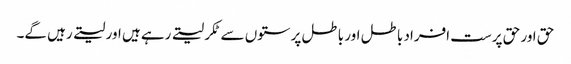
حق اور حق پرست افراد باطل اور باطل پرستوں سے ٹکر لیتے رہے ہیں اور لیتے رہیں گے۔